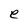
Character: e